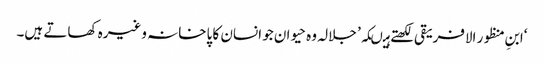
‘ابنِ منظور الافریقی لکھتے ہیںکہ’ جلالہ وہ حیوان جو انسان کا پاخانہ وغیرہ کھاتے ہیں۔